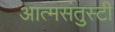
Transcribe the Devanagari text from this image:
आत्मसंतुस्टी